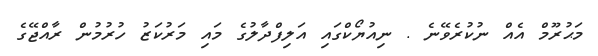
މަޙުރޫމް އެއް ނުކުރެވޭނެ . ނިއުޔޯކްގައި އަލިފްދާލުގެ މައި މަރުކަޒު ހުރުމުން ރާއްޖޭގެ